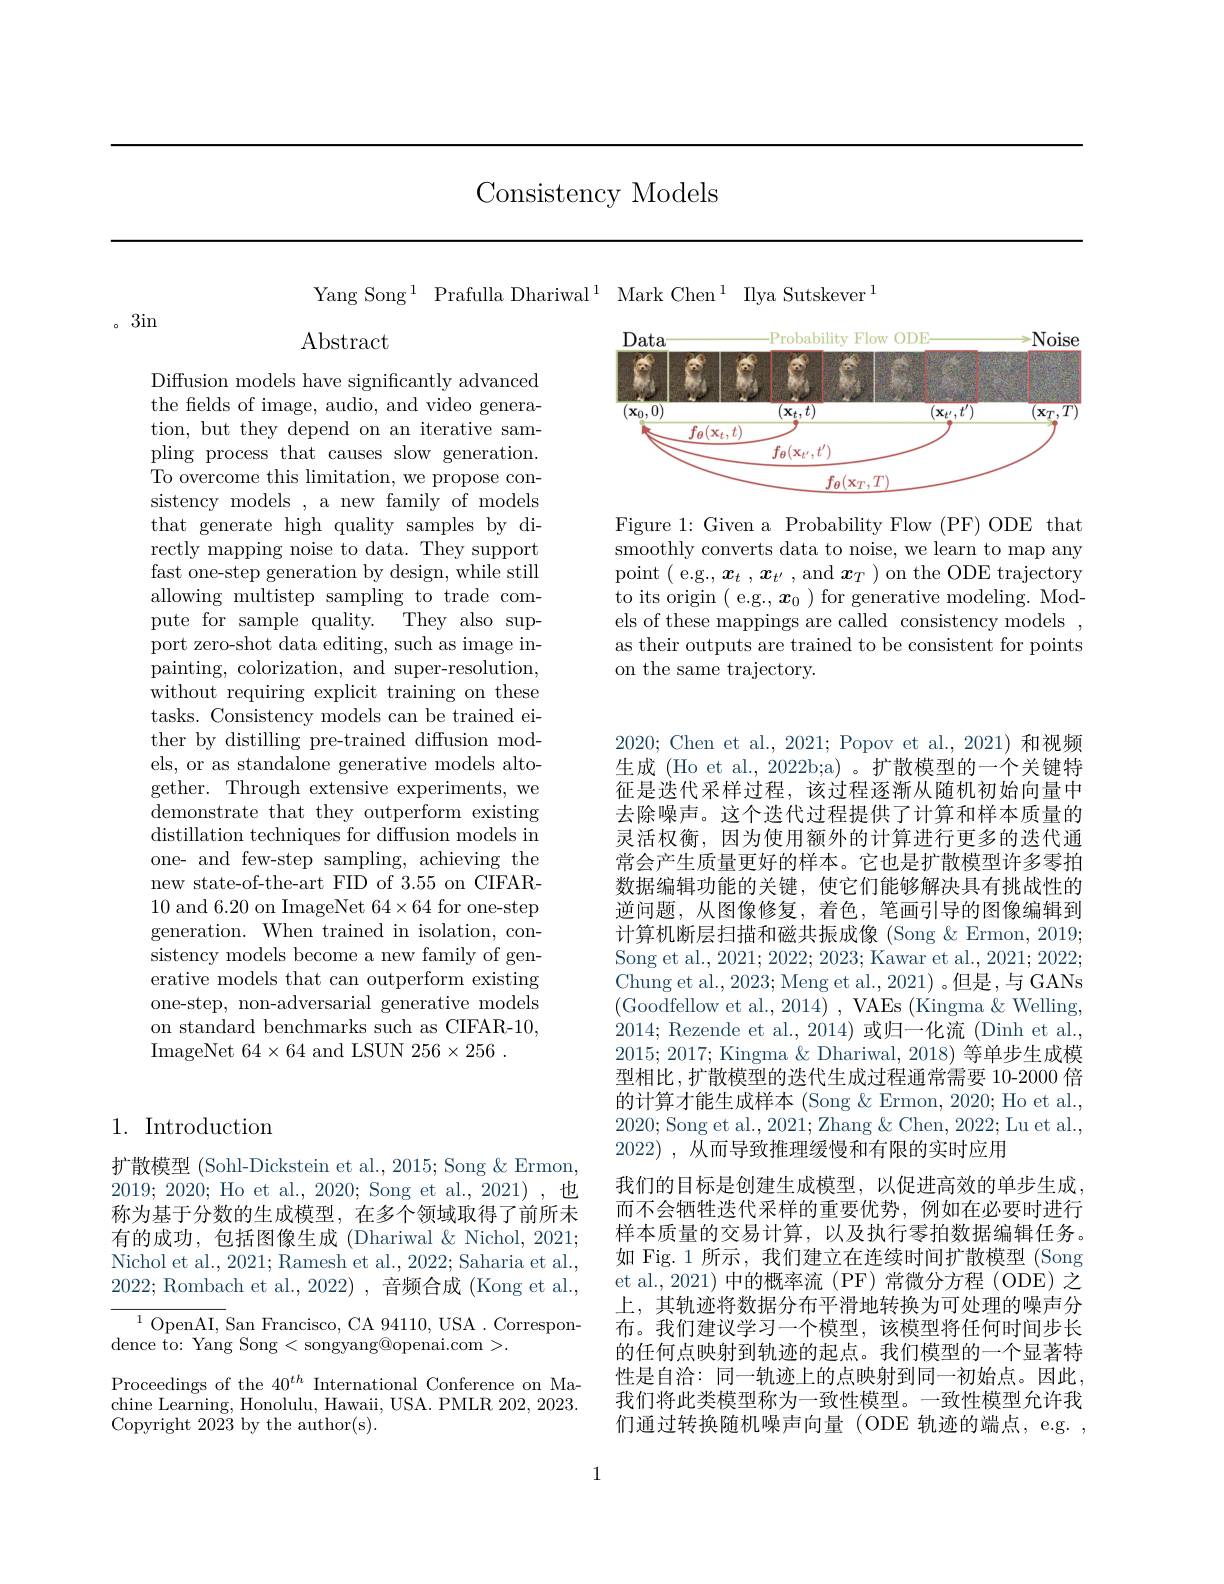
Consistency Models

Yang Song$^1$Prafulla Dhariwal$^1$Mark Chen$^1$Ilya Sutskever$^1$

3in

Abstract

<FigureHere>

Figure 1: Given a Probability Flow (PF) ODE that smoothly converts data to noise, we learn to map any point ( e.g., $\boldsymbol{x}_t,\boldsymbol{x}_{t^{\prime}}$, and $\boldsymbol{x}_T)$ on the ODE trajectory to its origin ( e.g., $\boldsymbol{x}_0$ )for generative modeling. Models of these mappings are called consistency models as their outputs are trained to be consistent for points on the same trajectory.

Diffusion models have significantly advanced the fields of image, audio, and video generation, but they depend on an iterative sampling process that causes slow generation. To overcome this limitation, we propose consistency models , a new family of models that generate high quality samples by directly mapping noise to data. They support fast one-step generation by design, while still allowing multistep sampling to trade compute for sample quality. They also support zero-shot data editing, such as image inpainting, colorization, and super-resolution, without requiring explicit training on these tasks. Consistency models can be trained either by distilling pre-trained diffusion models, or as standalone generative models altogether. Through extensive experiments, we $\mathop{\text{demonstrate that they outperform existing}}$ distillation techniques for diffusion models in one- and few-step sampling, achieving the new state-of-the-art FID of 3.55 on CIFAR- 10 and 6.20 on ImageNet 64×64 for one-step generation. When trained in isolation, consistency models become a new family of generative models that can outperform existing one-step, non-adversarial generative models on standard benchmarks such as CIFAR-10, ImageNet $64\times64$ and LSUN 256$\times256$

2020; Chen et al., 2021; Popov et al., 2021) 和视频生成 (Ho et al., 2022b;a) 。扩散模型的一个关键特征是迭代采样过程，该过程逐渐从随机初始向量中去除噪声。这个迭代过程提供了计算和样本质量的灵活权衡，因为使用额外的计算进行更多的迭代通常会产生质量更好的样本。它也是扩散模型许多零拍数据编辑功能的关键，使它们能够解决具有挑战性的逆问题，从图像修复，着色，笔画引导的图像编辑到计算机断层扫描和磁共振成像 (Song &Ermon, 2019; Song et al., 2021; 2022; 2023; Kawar et al., 2021; 2022; Chung et al., 2023; Meng et al., 2021) 。但是，与 GANs (Goodfellow et al.,2014),VAEs(Kingma&Welling, 2014; Rezende et al., 2014) 或归一化流 (Dinh et al., 2015;2017; Kingma & Dhariwal, 2018) 等单步生成模型相比，扩散模型的迭代生成过程通常需要 10-2000 倍的计算才能生成样本 (Song &Ermon, 2020; Ho et al. 2020; Song et al., 2021; Zhang & Chen, 2022; Lu et al., 2022), 从而导致推理缓慢和有限的实时应用
我们的目标是创建生成模型，以促进高效的单步生成， 而不会牺牲迭代采样的重要优势，例如在必要时进行样本质量的交易计算，以及执行零拍数据编辑任务。如 Fig.1 所示，我们建立在连续时间扩散模型 (Song et al., 2021) 中的概率流 (PF) 常微分方程 (ODE) 之上，其轨迹将数据分布平滑地转换为可处理的噪声分布。我们建议学习一个模型，该模型将任何时间步长的任何点映射到轨迹的起点。我们模型的一个显著特性是自洽：同一轨迹上的点映射到同一初始点。因此我们将此类模型称为一致性模型。一致性模型允许我们通过转换随机噪声向量(ODE 轨迹的端点，e.g. ,

## 1. Introduction

扩散模型 (Sohl-Dickstein et al., 2015; Song & Ermon, 2019; 2020; Ho et al., 2020; Song et al., 2021) ,也称为基于分数的生成模型，在多个领域取得了前所未有的成功，包括图像生成 (Dhariwal&Nichol,2021; Nichol et al., 2021; Ramesh et al., 2022; Saharia et al., 2022; Rombach et al., 2022) , 音频合成 (Kong et al.,

$^{1}$OpenAI, San Francisco, CA 94110, USA. Correspon-
dence to: Yang Song < songyang@openai.com >.

Proceedings of the 40$^th$ International Conference on Machine Learning, Honolulu, Hawaii, USA. PMLR 202, 2023. Copyright 2023 by the author(s).

1